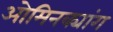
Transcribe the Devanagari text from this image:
ओमिनक्यांग